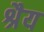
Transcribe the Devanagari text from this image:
श्रैय